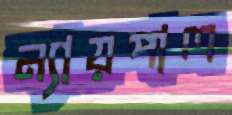
ন্যায়পাল